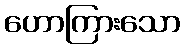
ဟောကြားသော